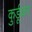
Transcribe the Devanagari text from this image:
कुर्डूकर